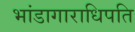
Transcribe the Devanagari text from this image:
भांडागाराधिपति